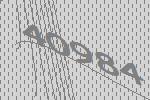
40984